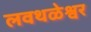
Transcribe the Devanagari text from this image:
लवथळेश्वर